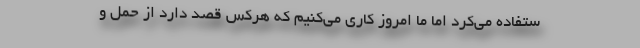
ستفاده می‌کرد اما ما امروز کاری می‌کنیم که هرکس قصد دارد از حمل و